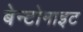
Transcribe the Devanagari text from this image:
बेन्टोनाइट